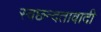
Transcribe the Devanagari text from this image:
स्वछन्दतावादी